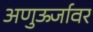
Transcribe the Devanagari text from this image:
अणुऊर्जावर